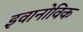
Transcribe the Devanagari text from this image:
इवानोविक